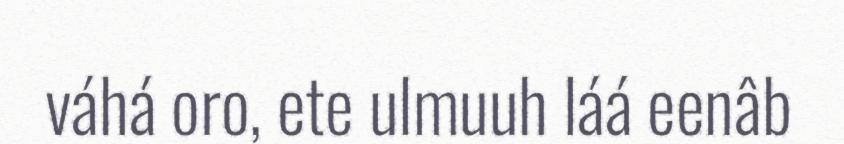
váhá oro, ete ulmuuh láá eenâb